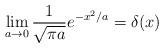
LaTeX: \begin{align*}\lim_{a\to 0}\frac{1}{\sqrt{\pi a}}e^{-x^2/a}=\delta(x)\end{align*}